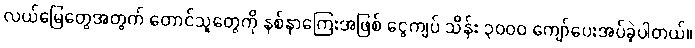
လယ်မြေတွေအတွက် တောင်သူတွေကို နစ်နာကြေးအဖြစ် ငွေကျပ် သိန်း ၃၀၀၀ ကျော်ပေးအပ်ခဲ့ပါတယ်။